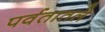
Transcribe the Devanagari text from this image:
पर्वतातले